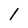
Character: 1